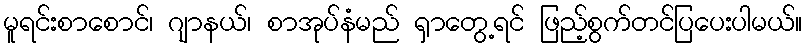
မူရင်းစာစောင်၊ ဂျာနယ်၊ စာအုပ်နံမည် ရှာတွေ့ရင် ဖြည့်စွက်တင်ပြပေးပါမယ်။